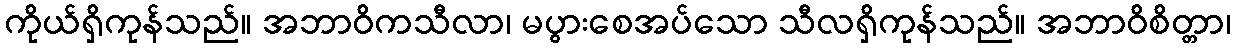
ကိုယ်ရှိကုန်သည်။ အဘာဝိကသီလာ၊ မပွားစေအပ်သော သီလရှိကုန်သည်။ အဘာဝိစိတ္တာ၊